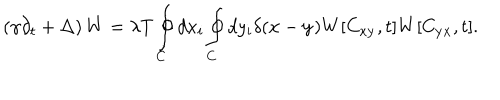
LaTeX: \left( \gamma \partial _ { t } + \Delta \right) W = \lambda T \oint _ { C } ^ { } d x _ { i } \oint _ { C } ^ { } d y _ { i } \delta ( { \bf x } - { \bf y } ) W [ C _ { \bf x y } , t ] W [ C _ { \bf y x } , t ] .